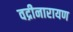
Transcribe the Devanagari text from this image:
वद्रीनारायण